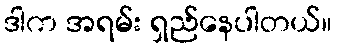
ဒါက အရမ်း ရှည်နေပါတယ်။